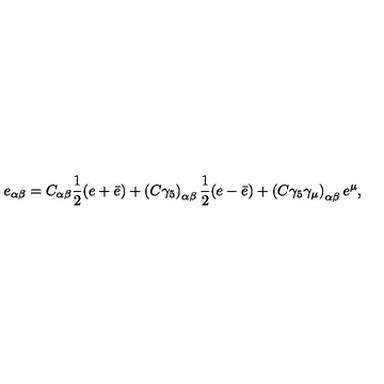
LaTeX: e _ { \alpha \beta } = C _ { \alpha \beta } { \frac { 1 } { 2 } } ( e + \bar { e } ) + \left( C \gamma _ { 5 } \right) _ { \alpha \beta } { \frac { 1 } { 2 } } ( e - \bar { e } ) + \left( C \gamma _ { 5 } \gamma _ { \mu } \right) _ { \alpha \beta } e ^ { \mu } ,